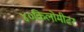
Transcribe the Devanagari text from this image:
४०किलोमीटर